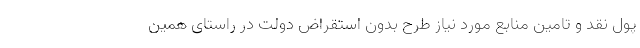
پول نقد و تامین منابع مورد نیاز طرح بدون استقراض دولت در راستای همین